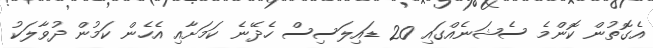
އެގޮތުން ކޮންމެ ސެޝަނެއްގައި 20 ޑައިލަސިސް ހެދޭނެ ކަމަށާއި އެހެން ކަމުން ދުވާލަކު